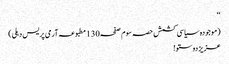
‘‘
(موجودہ سیاسی کشمش حصہ سوم صفحہ130مطبوعہ آرمی پریس دہلی)
عزیز دوستو!